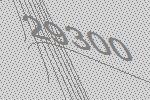
29300